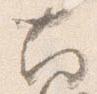
南